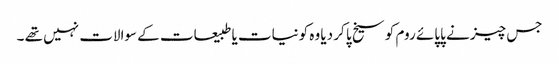
جس چیز نے پاپائے روم کو سیخ پا کر دیا وہ کونیات یا طبیعات کے سوالات نہیں تھے ۔